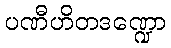
ပဏီဟိတဒဏ္ဍော